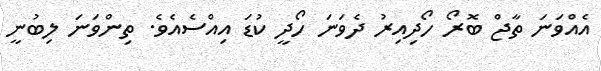
އެއްވަނަ ތާޖް ބޮރޯ ހޯދިއިރު ދެވަނަ ހޯދީ ކުޑަ އިއްސެއެވެ. ތިންވަނަ ލިބުނީ